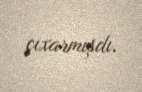
çıxarmışdı.